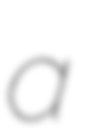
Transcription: a